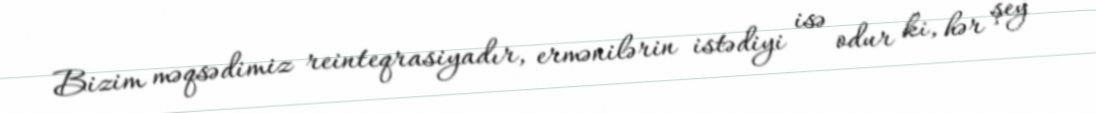
Bizim məqsədimiz reinteqrasiyadır, ermənilərin istədiyi isə odur ki, hər şey